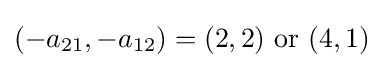
(-a_{21},-a_{12})=(2,2){\text{ or }}(4,1)